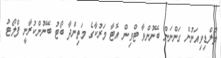
މޯލްޑިވިއަނުން ގަންނަން ބޭނުންވާ ޓްވިން އޮޓާ މަރުކާގެ މަތިންދާ ބޯޓު ބޭނުންކުރާނީ ފްލޯޓު